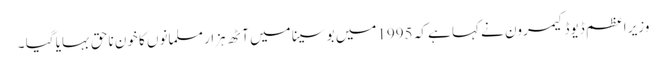
وزیر اعظم ڈیوڈ کیمرون نے کہا ہے کہ 1995میں بوسینا میں آٹھ ہزار مسلمانوں کا خون ناحق بہایا گیا ۔